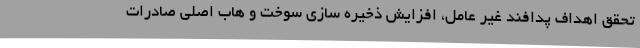
تحقق اهداف پدافند غیر عامل، افزایش ذخیره سازی سوخت و هاب اصلی صادرات